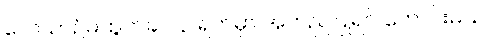
လေယာဉ်မထွက်ခင် ၃ ရက်မှာ အတည်ပြုရင် ကောင်းမယ်။